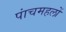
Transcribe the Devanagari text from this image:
पांचमहलों